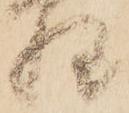
惶